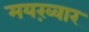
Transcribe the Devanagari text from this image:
मयख़्वार